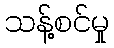
သန့်စင်မှု